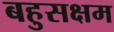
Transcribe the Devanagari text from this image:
बहुसक्षम